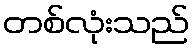
တစ်လုံးသည်